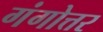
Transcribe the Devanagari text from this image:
गंगोत्तर